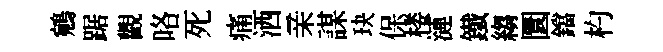
鵷踞觀咯死痛洒亲謀玦保楼漣鐵縐圜鐺杓